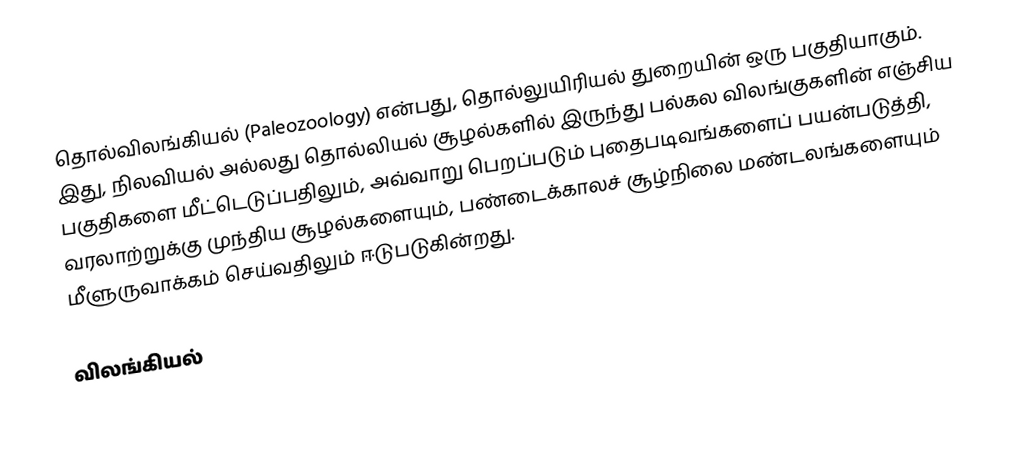
தொல்விலங்கியல் (Paleozoology) என்பது, தொல்லுயிரியல் துறையின் ஒரு பகுதியாகும். இது, நிலவியல் அல்லது தொல்லியல் சூழல்களில் இருந்து பல்கல விலங்குகளின் எஞ்சிய பகுதிகளை மீட்டெடுப்பதிலும், அவ்வாறு பெறப்படும் புதைபடிவங்களைப் பயன்படுத்தி, வரலாற்றுக்கு முந்திய சூழல்களையும், பண்டைக்காலச் சூழ்நிலை மண்டலங்களையும் மீளுருவாக்கம் செய்வதிலும் ஈடுபடுகின்றது.

விலங்கியல்